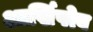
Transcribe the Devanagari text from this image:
आर्खिपोव